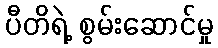
ပီတိရဲ့ စွမ်းဆောင်မှု